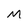
Character: M